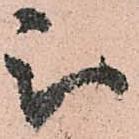
被